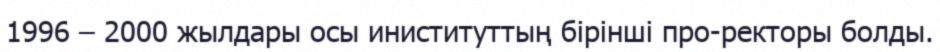
1996 – 2000 жылдары осы иниституттың бірінші про-ректоры болды.